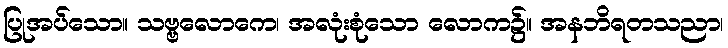
ပြုအပ်သော။ သဗ္ဗလောကေ၊ အလုံးစုံသော လောက၌။ အနဘိရတသညာ၊